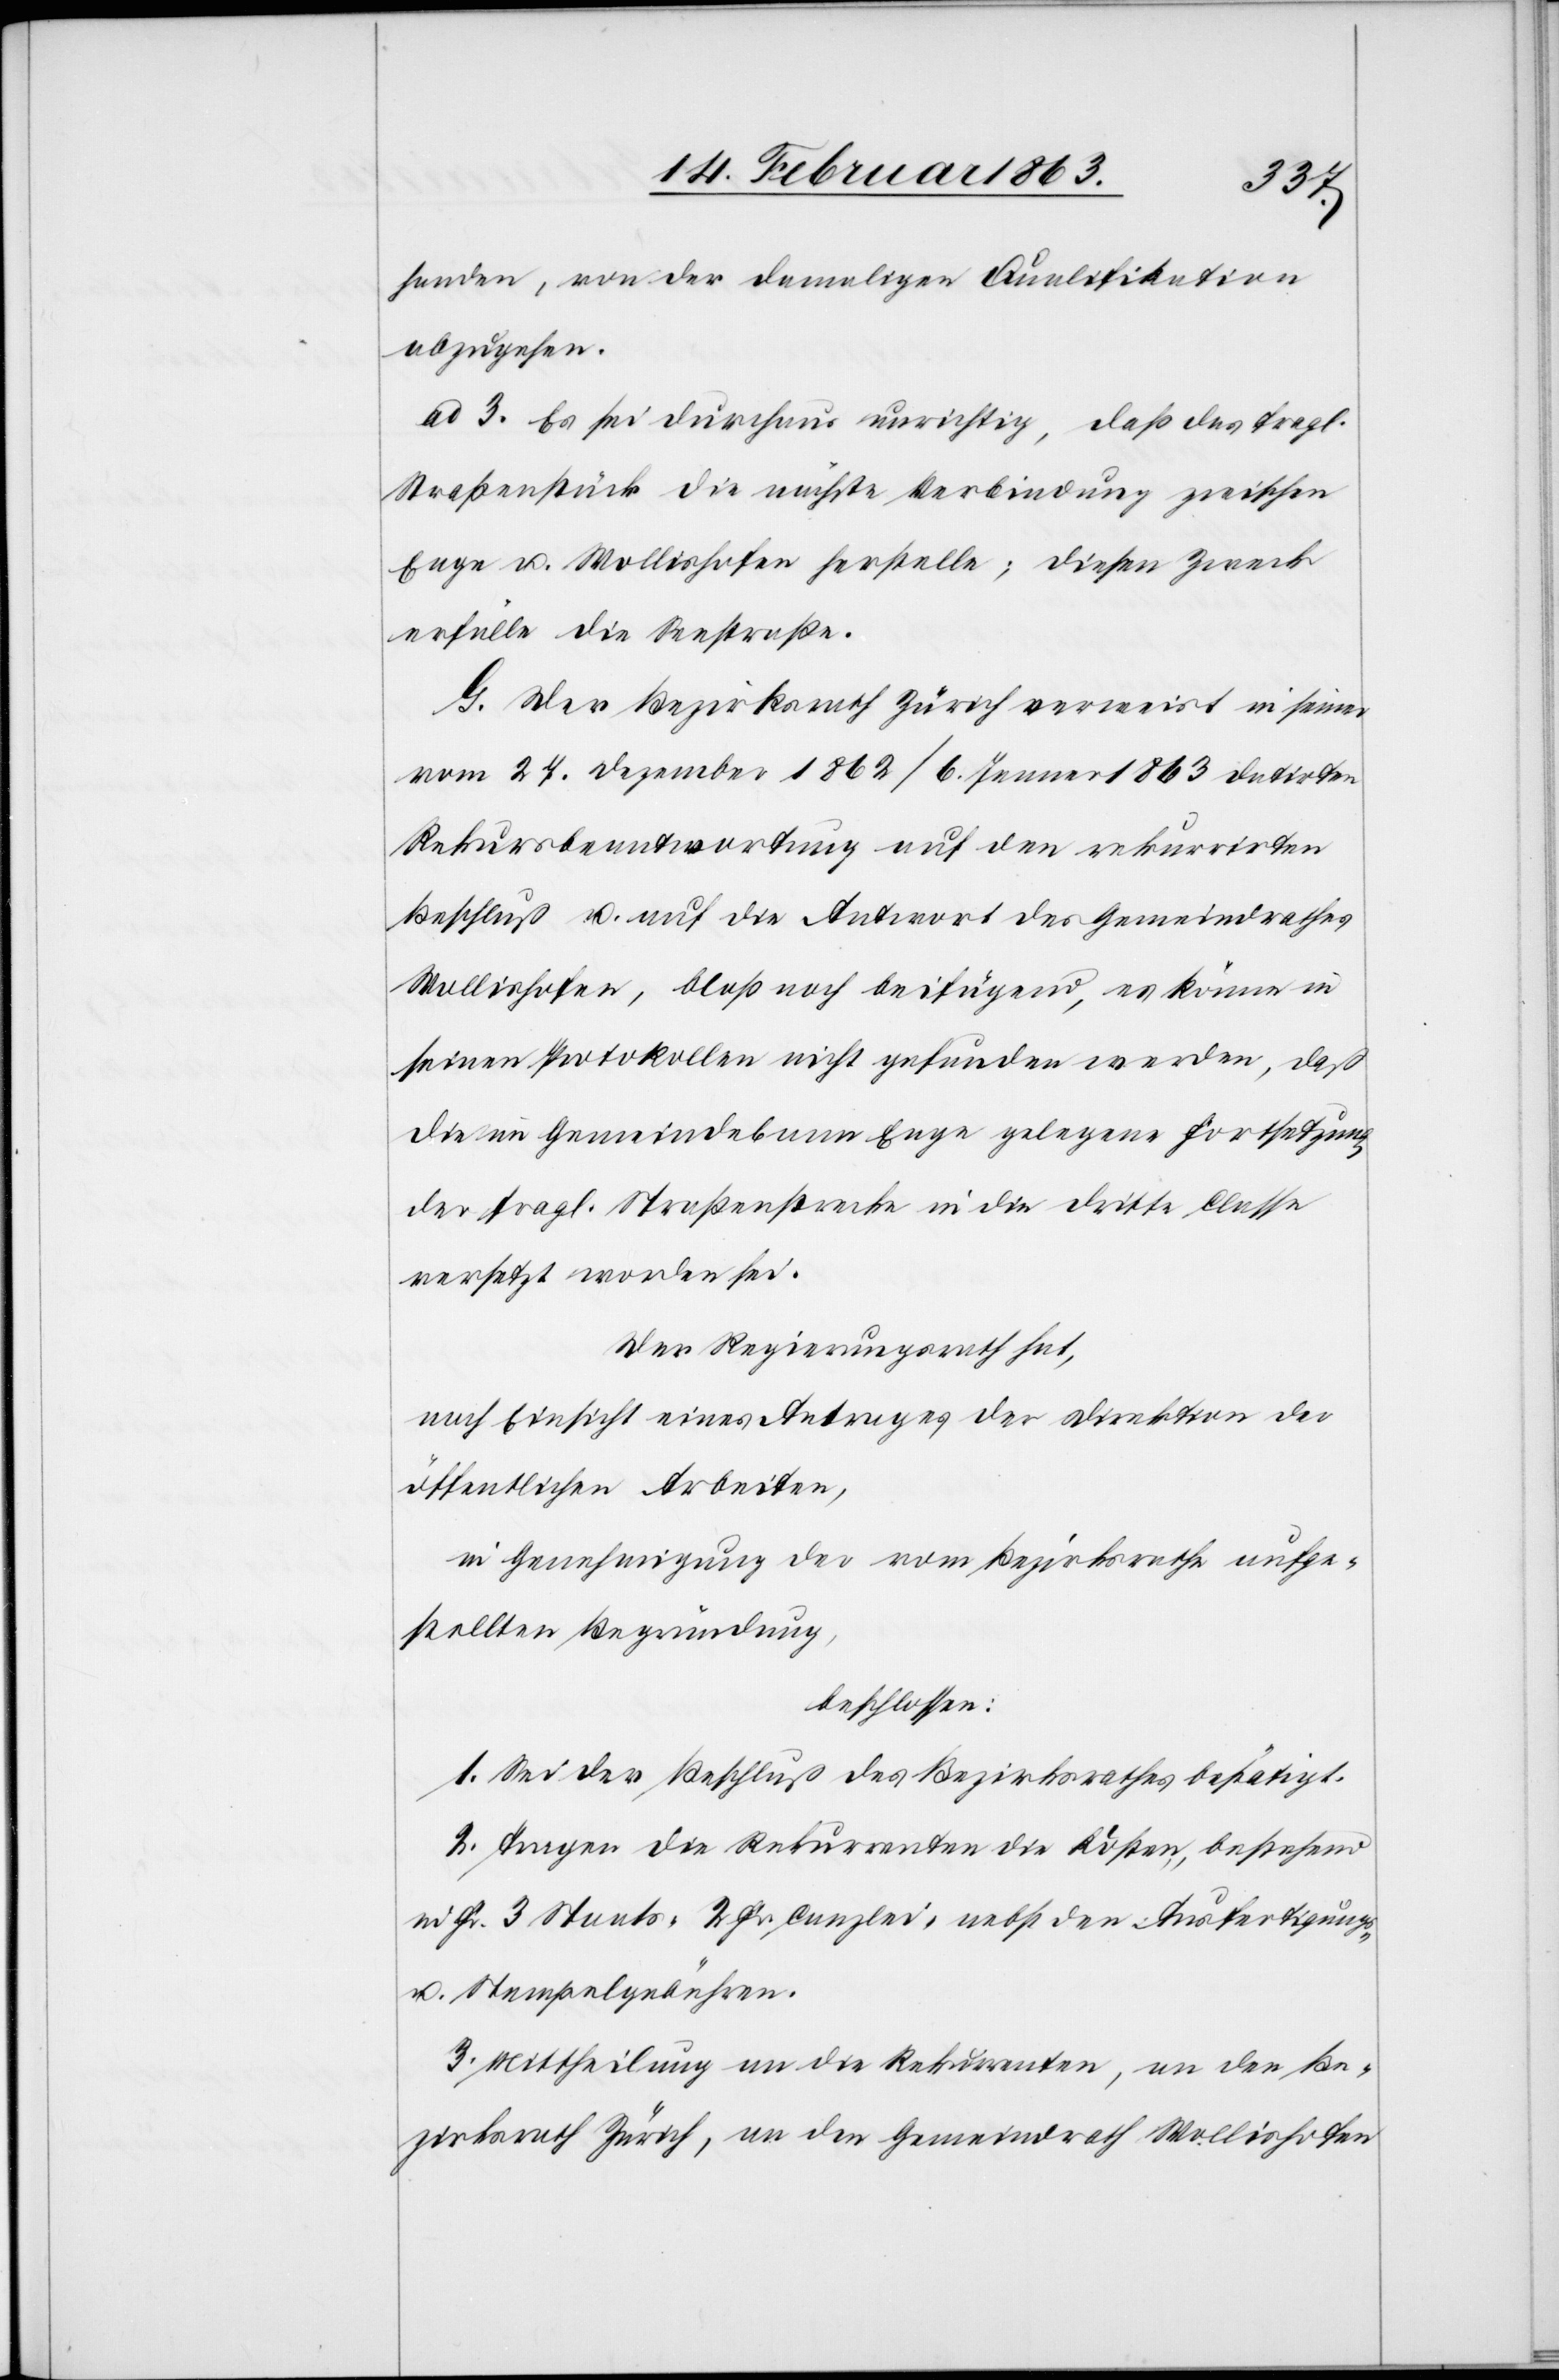
handen, von der damaligen Qualifikation
abzugehen.
ad 3. Es sei durchaus unrichtig, daß das fragl.
Straßenstück die nächste Verbindung zwischen
Enge u. Wollishofen herstelle; diesen Zweck
erfülle die Seestraße.
G. Der Bezirksrath Zürich verweist in seiner
vom 27. Dezember 1862/6. Jenner 1863 datirten
Rekursbeantwortung auf den rekurrirten
Beschluß u. auf die Antwort des Gemeindrathes
Wollishofen, bloß noch beifügend, es könne in
seinen Protokollen nicht gefunden werden, daß
die im Gemeindebann Enge gelegene Fortsetzung
der fragl. Straßenstrecke in die dritte Classe
versetzt worden sei.
Der Regierungsrath hat,
nach Einsicht eines Antrages der Direktion der
öffentlichen Arbeiten,
in Genehmigung der vom Bezirksrathe aufge¬
stellten Begründung,
beschlossen:
1. Sei der Beschluß des Bezirksrathes bestätigt.
2. Tragen die Rekurrenten die Kosten, bestehend
in Fr. 3 Staats-[,] 2 Fr. Canzlei- nebst den Ausfertigungs-
u. Stempelgebühren.
3. Mittheilung an die Rekurrenten, an den Be¬
zirksrath Zürich, an den Gemeindrath Wollishofen